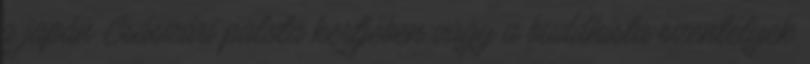
a japán Császári palota kertjében vagy a buddhista szentélyek